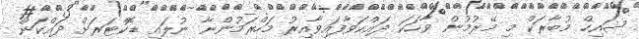
ޝައިހް މުބާރަކް މި މޭރުމުން ވާހަކަ ދައްކަވާފައިވާއިރު މަހްރަމުންނާ ނުލައި ޑޮކްޓަރަށް ދައްކަން